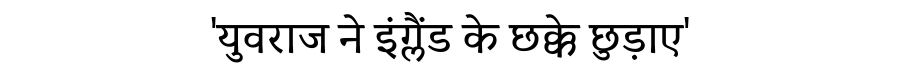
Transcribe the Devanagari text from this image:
'युवराज ने इंग्लैंड के छक्के छुड़ाए'